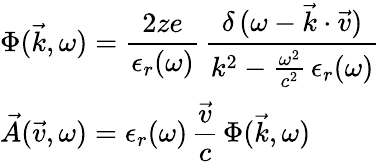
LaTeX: \begin{array}{l}{\displaystyle\Phi(\vec{k},\omega)=\frac{2ze}{\epsilon_{r}(\omega)}\, \frac{\delta\, (\omega-\vec{k}\cdot\vec{v})}{k^{2}-\frac{\omega^{2}}{c^{2}}\, \epsilon_{r}(\omega)}}\\ {\displaystyle\vec{A}(\vec{v},\omega)=\epsilon_{r}(\omega)\, \frac{\vec{v}}{c}\, \Phi(\vec{k},\omega)}\end{array}